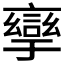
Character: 𲁱